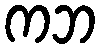
ကဘ